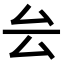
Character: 𠫛